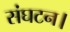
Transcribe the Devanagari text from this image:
संघटन।